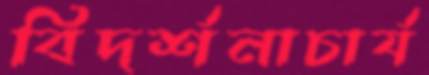
বিদর্শনাচার্য